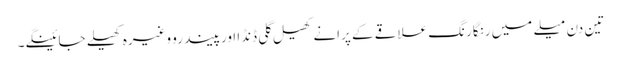
تین دن میلے میں رنگارنگ علاقے کے پرانے کھیل گلی ڈنڈا اورپیندرو وغیرہ کھیلے جائینگے۔